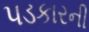
પડકારની